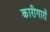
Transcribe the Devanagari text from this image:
कारीगारों